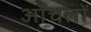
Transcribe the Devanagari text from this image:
आँचलों